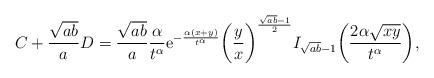
LaTeX: \begin{align*} &C+\frac{\sqrt{ab}}{a}D=\frac{\sqrt{ab}}{a}\frac{\alpha}{t^\alpha}\mathrm{e}^{-\frac{\alpha(x+y)}{t^\alpha}}\bigg(\frac yx\bigg)^{\frac{\sqrt{ab}-1}{2}}I_{\sqrt{ab}-1}\bigg(\frac{2\alpha\sqrt{xy}}{t^\alpha}\bigg), \end{align*}